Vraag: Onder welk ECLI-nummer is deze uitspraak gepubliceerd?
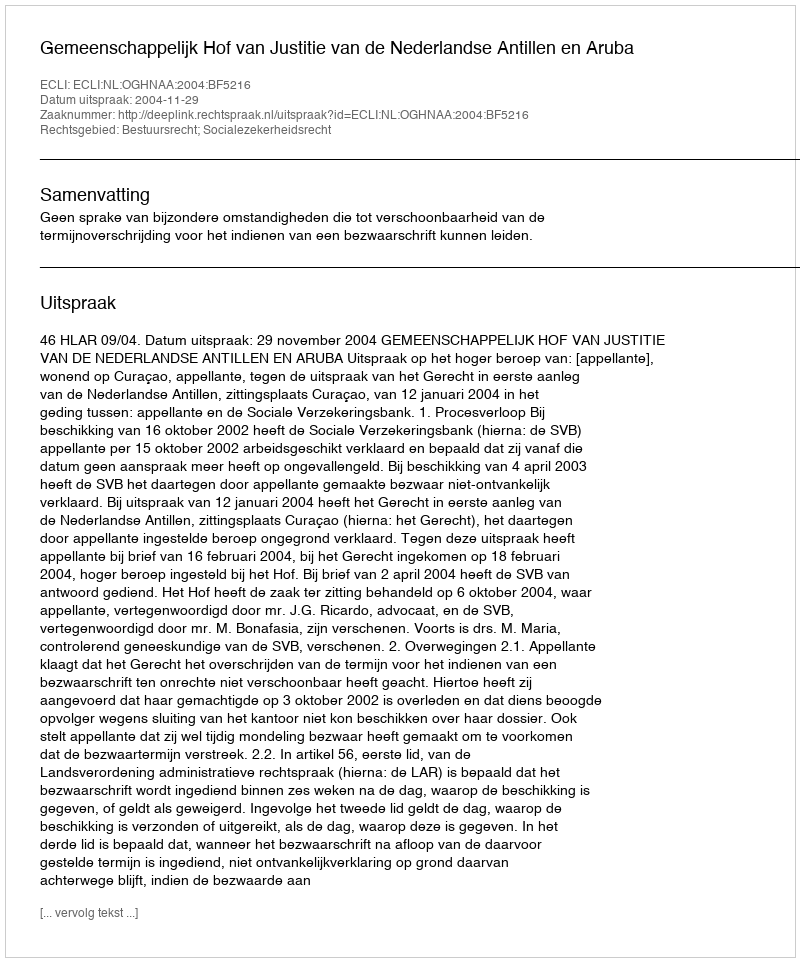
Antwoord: ECLI:NL:OGHNAA:2004:BF5216